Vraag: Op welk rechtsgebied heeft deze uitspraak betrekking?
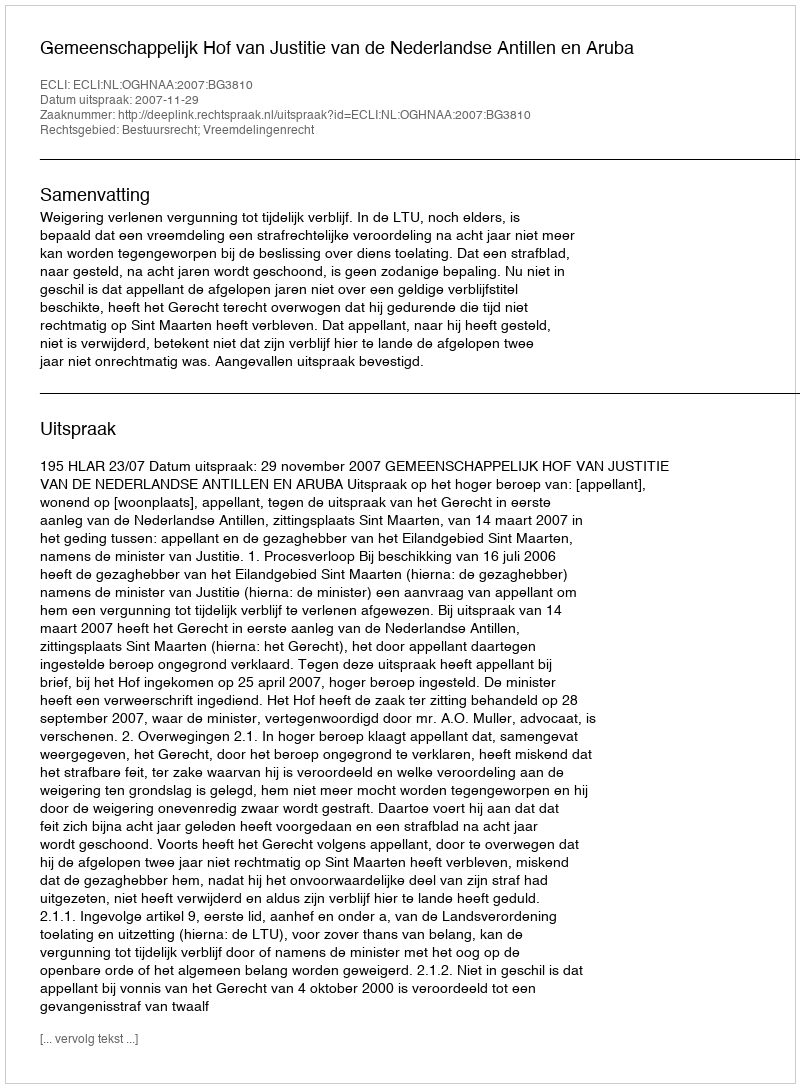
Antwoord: Bestuursrecht; Vreemdelingenrecht